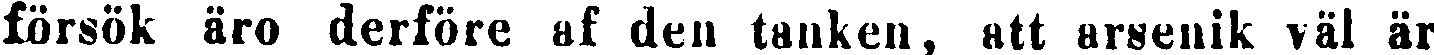
försök äro derföre af den tanken, att arsenik väl är